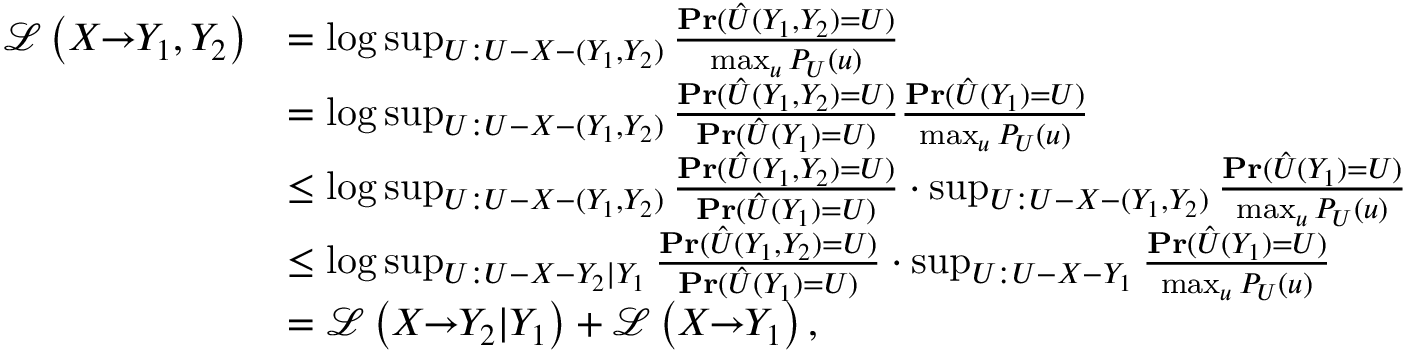
\begin{array} { r l } { \mathcal { L } \left( X \! \! \to \! \! Y _ { 1 } , Y _ { 2 } \right) } & { = \log \operatorname* { s u p } _ { U : U - X - ( Y _ { 1 } , Y _ { 2 } ) } \frac { \mathrm { \mathbf { P r } } ( \hat { U } ( Y _ { 1 } , Y _ { 2 } ) = U ) } { \operatorname* { m a x } _ { u } P _ { U } ( u ) } } \\ & { = \log \operatorname* { s u p } _ { U : U - X - ( Y _ { 1 } , Y _ { 2 } ) } \frac { \mathrm { \mathbf { P r } } ( \hat { U } ( Y _ { 1 } , Y _ { 2 } ) = U ) } { \mathrm { \mathbf { P r } } ( \hat { U } ( Y _ { 1 } ) = U ) } \frac { \mathrm { \mathbf { P r } } ( \hat { U } ( Y _ { 1 } ) = U ) } { \operatorname* { m a x } _ { u } P _ { U } ( u ) } } \\ & { \leq \log \operatorname* { s u p } _ { U : U - X - ( Y _ { 1 } , Y _ { 2 } ) } \frac { \mathrm { \mathbf { P r } } ( \hat { U } ( Y _ { 1 } , Y _ { 2 } ) = U ) } { \mathrm { \mathbf { P r } } ( \hat { U } ( Y _ { 1 } ) = U ) } \cdot \operatorname* { s u p } _ { U : U - X - ( Y _ { 1 } , Y _ { 2 } ) } \frac { \mathrm { \mathbf { P r } } ( \hat { U } ( Y _ { 1 } ) = U ) } { \operatorname* { m a x } _ { u } P _ { U } ( u ) } } \\ & { \leq \log \operatorname* { s u p } _ { U : U - X - Y _ { 2 } | Y _ { 1 } } \frac { \mathrm { \mathbf { P r } } ( \hat { U } ( Y _ { 1 } , Y _ { 2 } ) = U ) } { \mathrm { \mathbf { P r } } ( \hat { U } ( Y _ { 1 } ) = U ) } \cdot \operatorname* { s u p } _ { U : U - X - Y _ { 1 } } \frac { \mathrm { \mathbf { P r } } ( \hat { U } ( Y _ { 1 } ) = U ) } { \operatorname* { m a x } _ { u } P _ { U } ( u ) } } \\ & { = \mathcal { L } \left( X \! \! \to \! \! Y _ { 2 } | Y _ { 1 } \right) + \mathcal { L } \left( X \! \! \to \! \! Y _ { 1 } \right) , } \end{array}